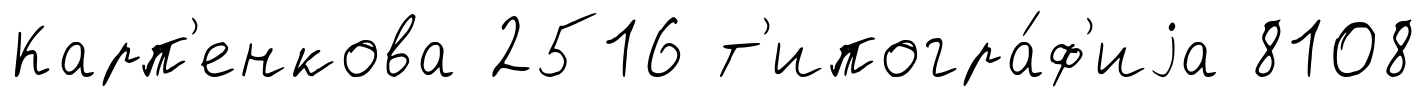
Карп'енкова 2516 т'ипогра́ф'иjа 8108